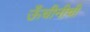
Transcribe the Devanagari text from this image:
ऊँचीनीची